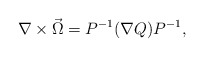
\begin{align*}\nabla \times \vec \Omega = P^{-1}(\nabla Q)P^{-1},\end{align*}